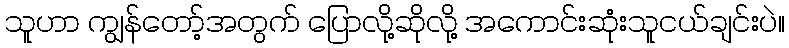
သူဟာ ကျွန်တော့်အတွက် ပြောလို့ဆိုလို့ အကောင်းဆုံးသူငယ်ချင်းပဲ။